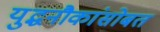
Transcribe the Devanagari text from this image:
युद्धनौकांसोबत